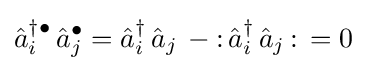
{\hat {a}}_{i}^{\dagger \bullet }\,{\hat {a}}_{j}^{\bullet }={\hat {a}}_{i}^{\dagger }\,{\hat {a}}_{j}\,-{\mathopen {:}}\,{\hat {a}}_{i}^{\dagger }\,{\hat {a}}_{j}\,{\mathclose {:}}\,=0